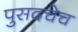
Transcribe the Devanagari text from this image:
पुसदचेच